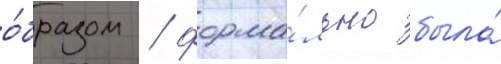
о́бразом / форма́льно была́